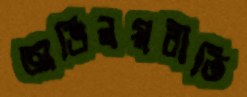
অভিনয়রীতি